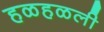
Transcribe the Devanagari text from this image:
हळहळली